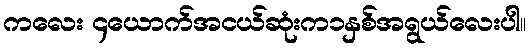
ကလေး ၄ယောက်အငယ်ဆုံးက၁နှစ်အရွယ်လေးပါ။